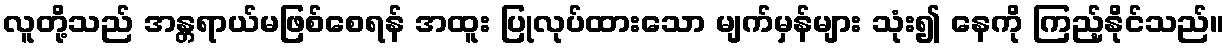
လူတို့သည် အန္တရာယ်မဖြစ်စေရန် အထူး ပြုလုပ်ထားသော မျက်မှန်များ သုံး၍ နေကို ကြည့်နိုင်သည်။